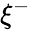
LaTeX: \xi^{-}